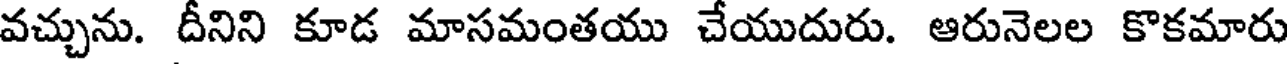
వచ్చును. దీనిని కూడ మాసమంతయు చేయుదురు. ఆరునెలల కొకమారు